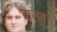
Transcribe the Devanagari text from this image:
वास्त